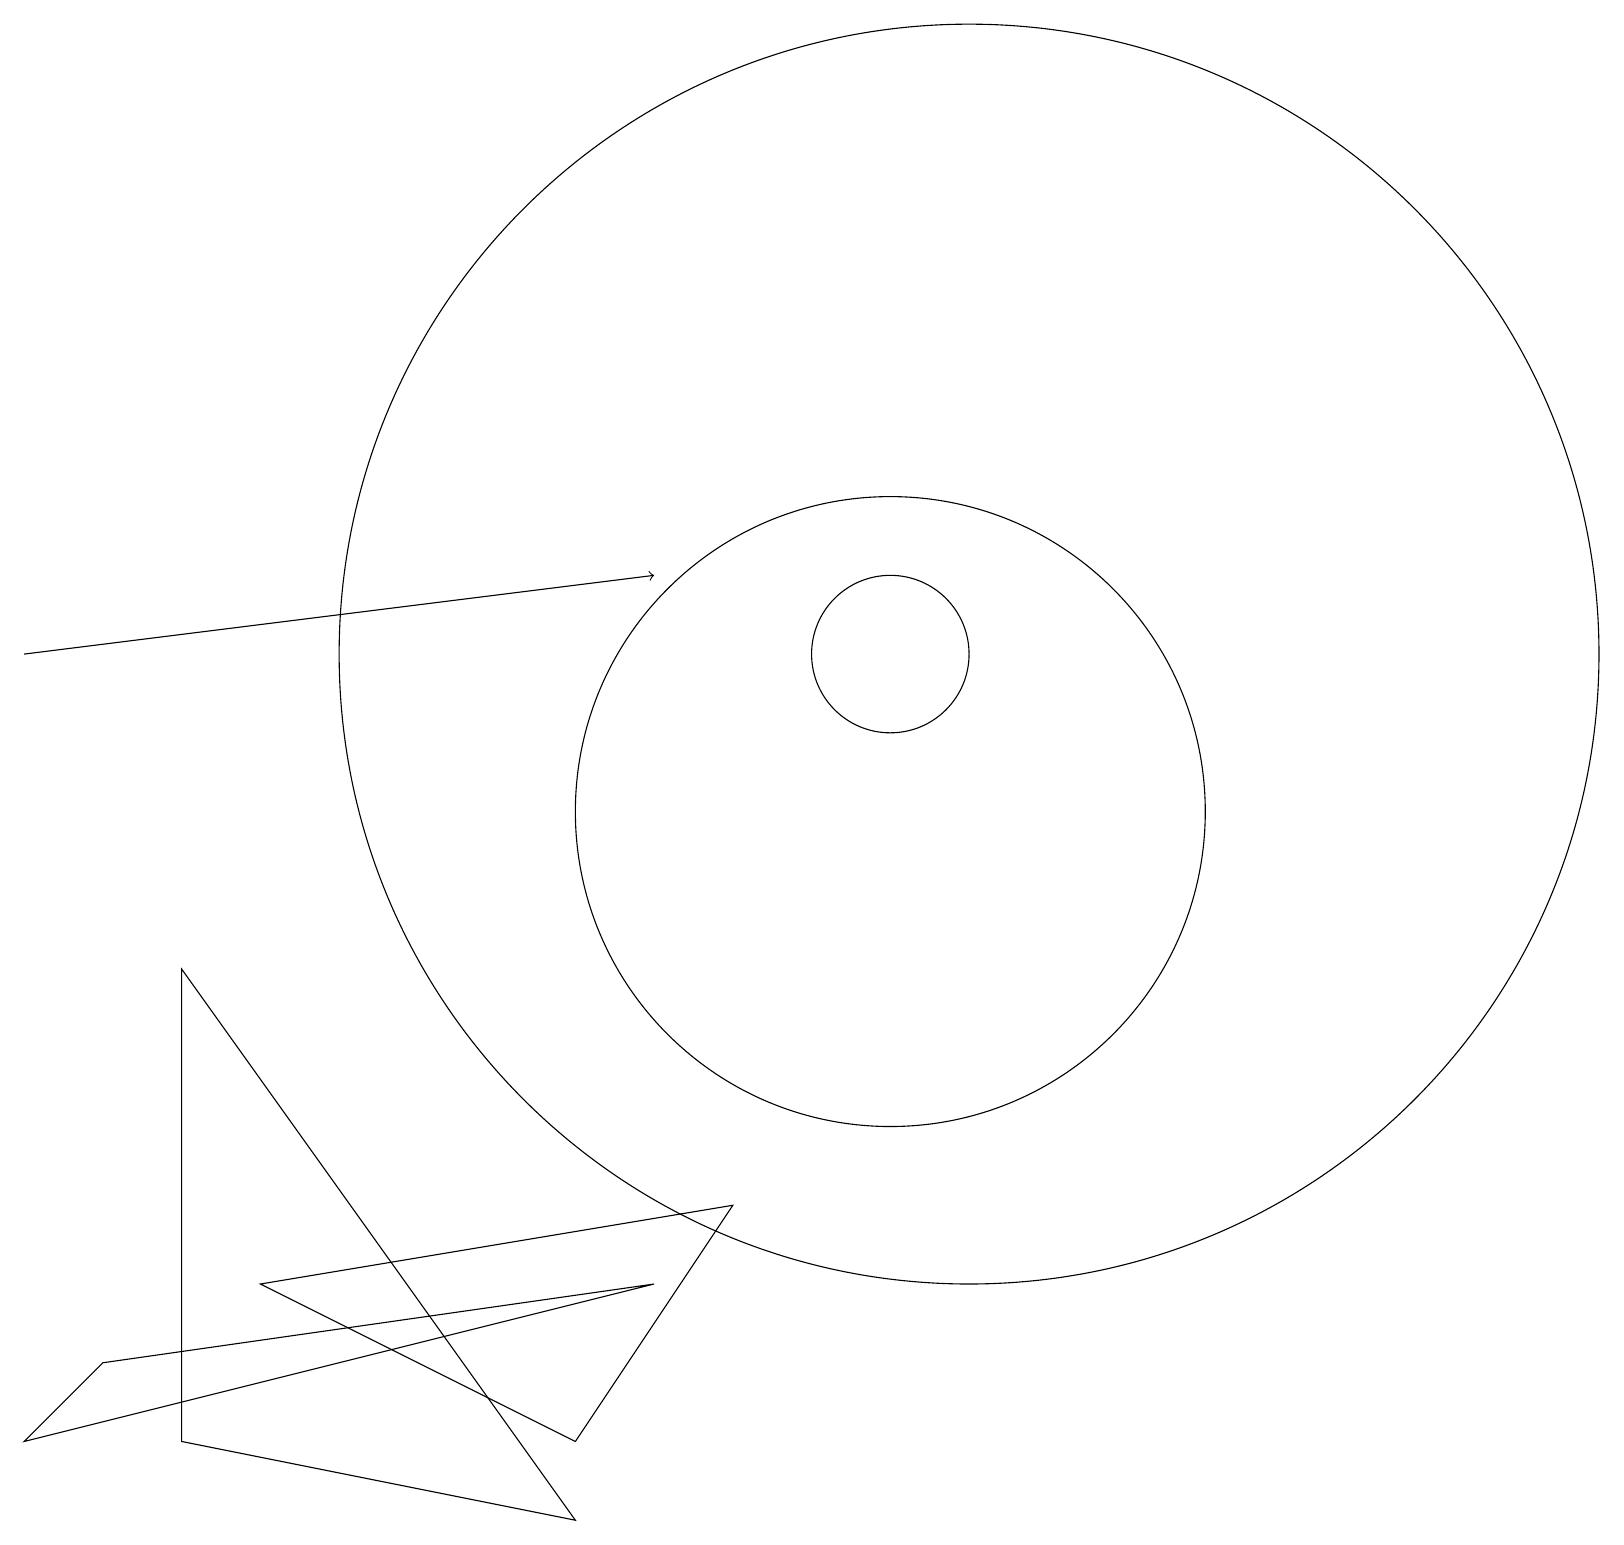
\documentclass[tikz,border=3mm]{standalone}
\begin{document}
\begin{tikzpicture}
\draw (11,10) circle (4);
\draw (11,12) circle (1);
\draw (1,3) -- (8,4) -- (0,2) -- cycle;
\draw (7,2) -- (9,5) -- (3,4) -- cycle;
\draw (2,2) -- (7,1) -- (2,8) -- cycle;
\draw[->] (0,12) -- (8,13);
\draw (12,12) circle (8);
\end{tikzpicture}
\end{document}